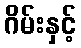
ဂိမ်းနှင့်